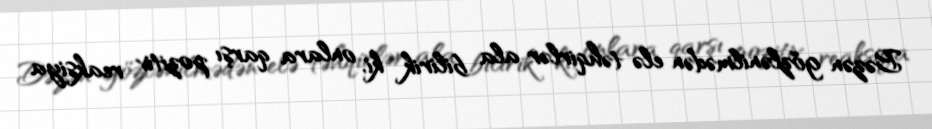
Bəzən gözlənilmədən elə təhqirlər ala bilirik ki, onlara qarşı pozitiv reaksiya